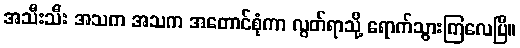
အသီးသီး အသက အသက အတောင်စုံကာ လွတ်ရာသို့ ရောက်သွားကြလေပြီ။